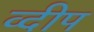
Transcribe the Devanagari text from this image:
व्दीप